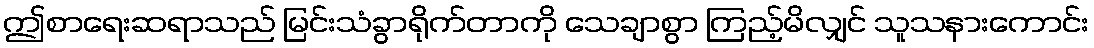
ဤစာရေးဆရာသည် မြင်းသံခွာရိုက်တာကို သေချာစွာ ကြည့်မိလျှင် သူသနားကောင်း